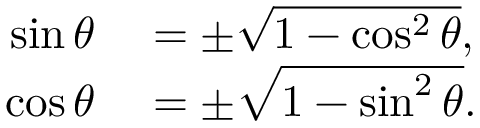
\begin{array} { r l } { \sin \theta } & { { } = \pm { \sqrt { 1 - \cos ^ { 2 } \theta } } , } \\ { \cos \theta } & { { } = \pm { \sqrt { 1 - \sin ^ { 2 } \theta } } . } \end{array}